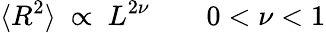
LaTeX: \langle R^{2}\rangle\ \propto\ L^{2\nu}\qquad 0<\nu<1